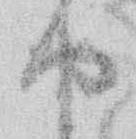
や